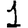
Digit: 1